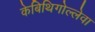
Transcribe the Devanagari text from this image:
केबिथिगोल्लेवा